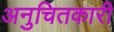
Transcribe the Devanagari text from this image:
अनुचितकारी